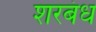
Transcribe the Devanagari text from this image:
शरबंध